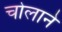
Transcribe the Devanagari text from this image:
चोलाने